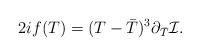
LaTeX: \begin{align*}2i f(T) = (T- {\bar T})^3 \partial_{\bar T} {\cal I}.\end{align*}